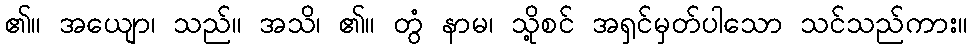
၏။ အယျော၊ သည်။ အသိ၊ ၏။ တွံ နာမ၊ သို့စင် အရှင်မှတ်ပါသော သင်သည်ကား။